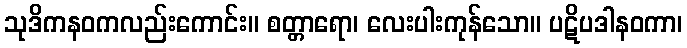
သုဒိကနဝကလည်းကောင်း။ စတ္တာရော၊ လေးပါးကုန်သော။ ပဋိပဒါနဝကာ၊